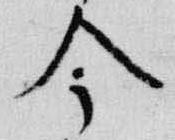
今